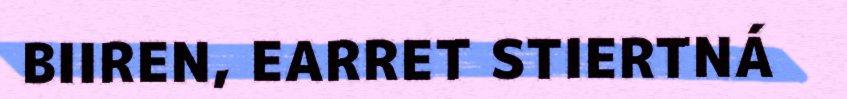
BIIREN, EARRET STIERTNÁ